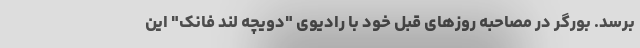
برسد. بورگر در مصاحبه روزهای قبل خود با رادیوی "دویچه لند فانک" این